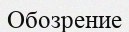
Обозрение